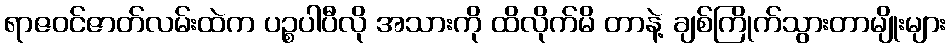
ရာဇဝင်ဇာတ်လမ်းထဲက ပဉ္စပါပီလို အသားကို ထိလိုက်မိ တာနဲ့ ချစ်ကြိုက်သွားတာမျိုးများ